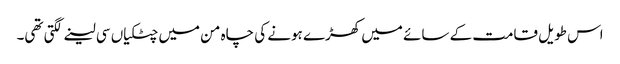
اس طویل قامت کے سائے میں کھڑے ہونے کی چاہ من میں چٹکیاں سی لینے لگتی تھی۔